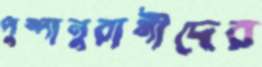
পুষ্পানুরাগীদের